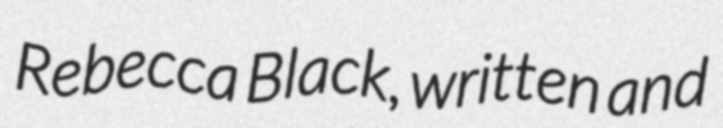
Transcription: Rebecca Black, written and